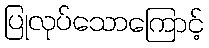
ပြုလုပ်သောကြောင့်